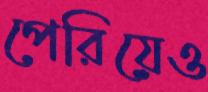
পেরিয়েও